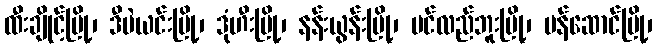
ထီးချိုင့်မြို့၊ ဒီပဲယင်းမြို့၊ ဒုံဟီးမြို့၊ နန်းယွန်းမြို့၊ ပင်လည်ဘူးမြို့၊ ပန်ဆောင်မြို့၊